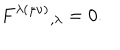
F ^ { \lambda ( \mu \nu ) } { } _ { , \lambda } = 0 .